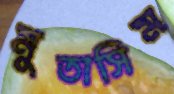
মুতাসিম